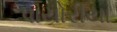
પાયોરીયા